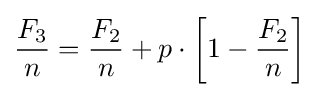
{\frac {F_{3}}{n}}={\frac {F_{2}}{n}}+p\cdot \left[1-{\frac {F_{2}}{n}}\right]